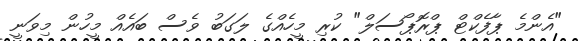
"އެންމެ ޕާފެކްޓް ޕްރޮޕޯސަލް" ކުރި މީހެއްގެ ލަގަބު ވެސް ބައެއް މީހުން މިވަނީ